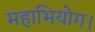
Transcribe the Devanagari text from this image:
महाभियोग।